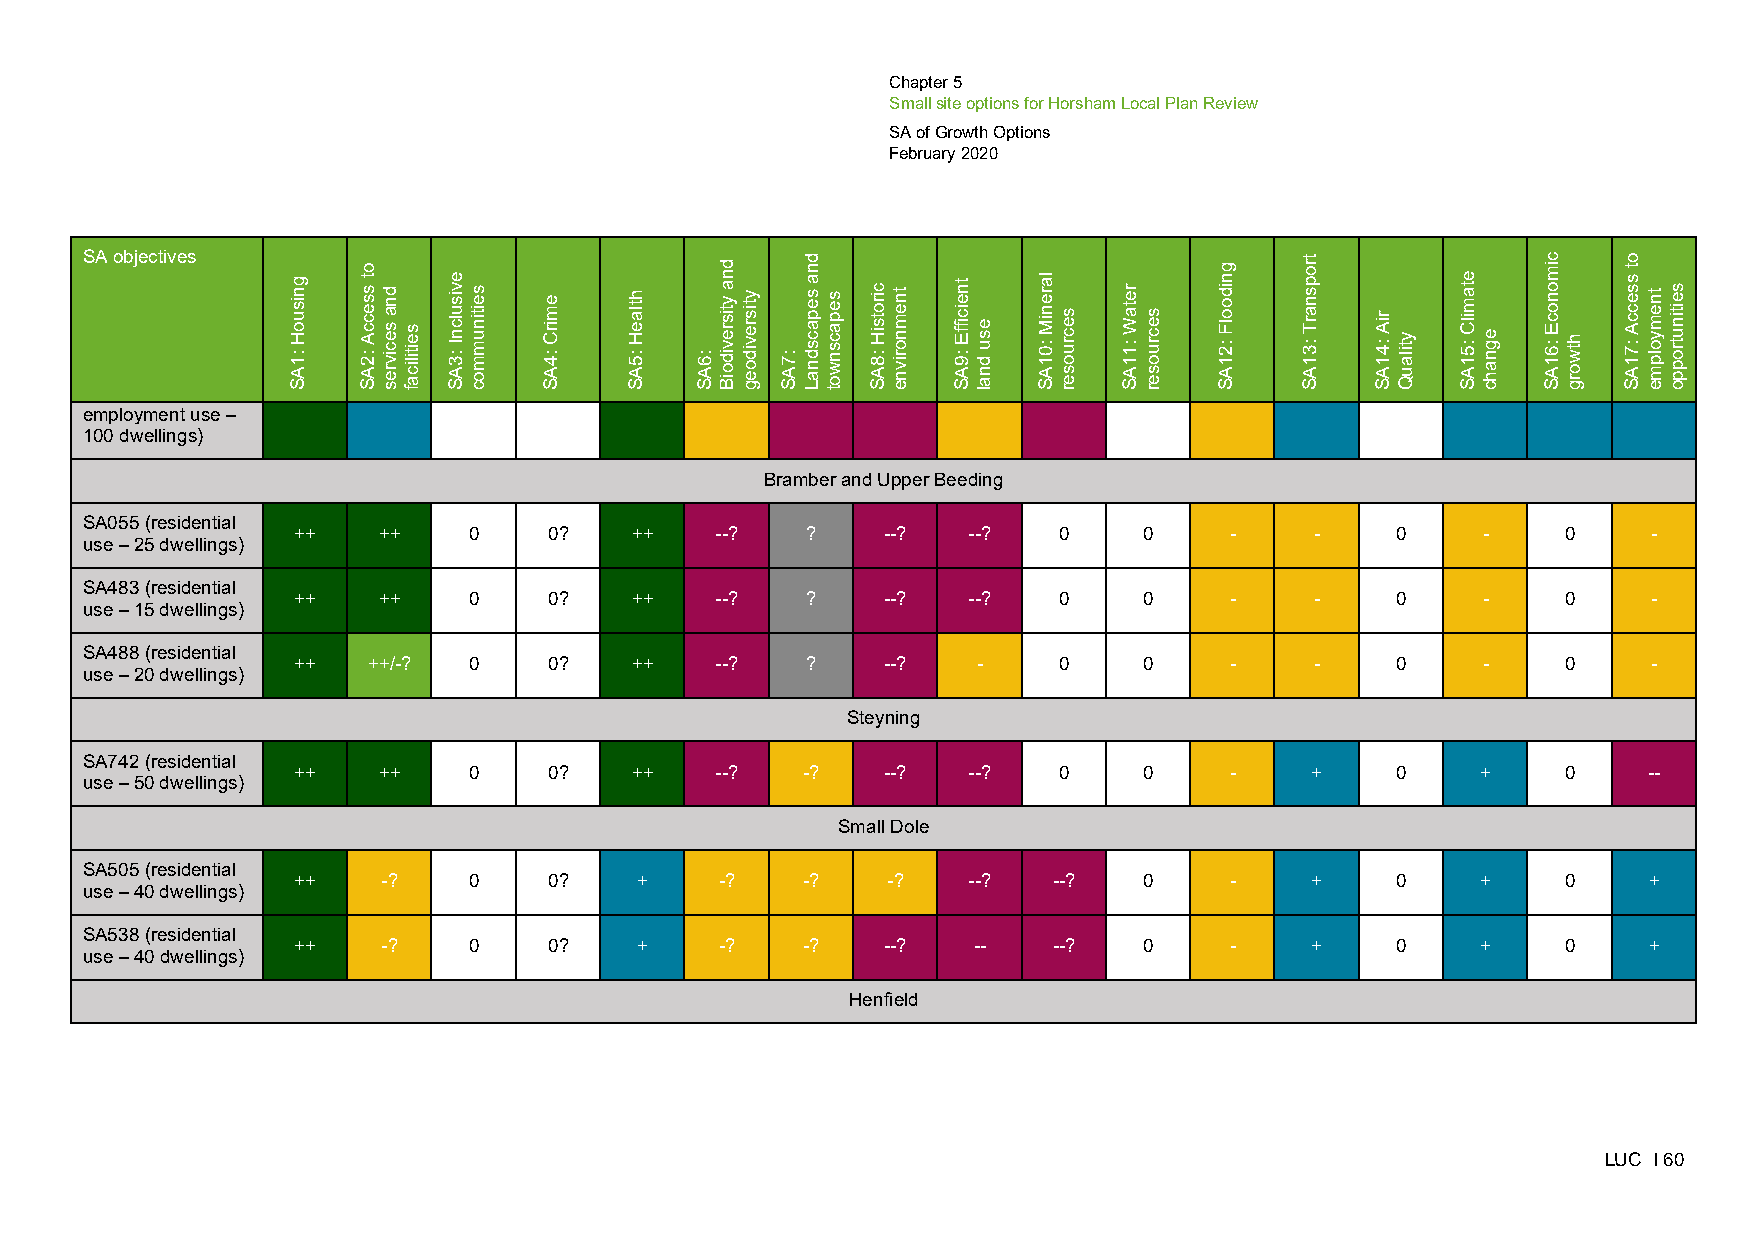
Chapter 5
 Small site options for Horsham Local Plan Review
 SA of Growth Options
 February 2020
 SA objectives
 employment use –
 100 dwellings)
 Bramber and Upper Beeding
 SA055 (residential
 ++    ++    0    0?    ++   --?   ?    --?   --?   0     0    -     -    0     -     0    -
 use – 25 dwellings)
 SA483 (residential
 ++    ++    0    0?    ++   --?   ?    --?   --?   0     0    -     -    0     -     0    -
 use – 15 dwellings)
 SA488 (residential
 ++   ++/-?  0    0?    ++   --?   ?    --?    -    0     0    -     -    0     -     0    -
 use – 20 dwellings)
 Steyning
 SA742 (residential
 ++    ++    0    0?    ++   --?   -?   --?   --?   0     0    -     +    0     +     0    --
 use – 50 dwellings)
 Small Dole
 SA505 (residential
 ++    -?    0    0?    +     -?   -?    -?   --?   --?   0    -     +    0     +     0    +
 use – 40 dwellings)
 SA538 (residential
 ++    -?    0    0?    +     -?   -?   --?   --    --?   0    -     +    0     +     0    +
 use – 40 dwellings)
 Henfield
 LUC I 60
 gnisuoH
 :1AS
 ot
 sseccA
 :2AS
 dna
 secivres seitilicaf
 evisulcnI
 :3AS
 seitinummoc emirC
 :4AS
 htlaeH
 :5AS :6AS
 dna
 ytisrevidoiB ytisrevidoeg
 :7AS
 dna
 sepacsdnaL sepacsnwot cirotsiH
 :8AS
 tnemnorivne tneiciffE
 :9AS
 esu
 dnal
 lareniM
 :01AS
 secruoser
 retaW
 :11AS
 secruoser
 gnidoolF
 :21AS
 tropsnarT
 :31AS
 riA
 :41AS ytilauQ
 etamilC
 :51AS egnahc
 cimonocE
 :61AS htworg
 ot
 sseccA
 :71AS
 tnemyolpme seitinutroppo